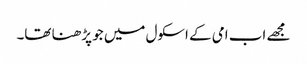
مجھے اب امی کے اسکول میں جو پڑھنا تھا۔